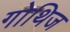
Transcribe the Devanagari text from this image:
गोथिज